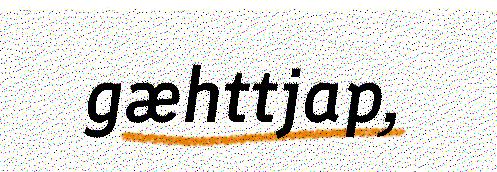
gæhttjap,